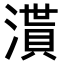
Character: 𣽒